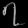
Digit: ၇